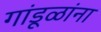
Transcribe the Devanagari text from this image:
गांडूळांना